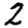
Digit: 2